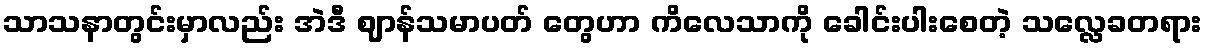
သာသနာတွင်းမှာလည်း အဲဒီ ဈာန်သမာပတ် တွေဟာ ကိလေသာကို ခေါင်းပါးစေတဲ့ သလ္လေခတရား